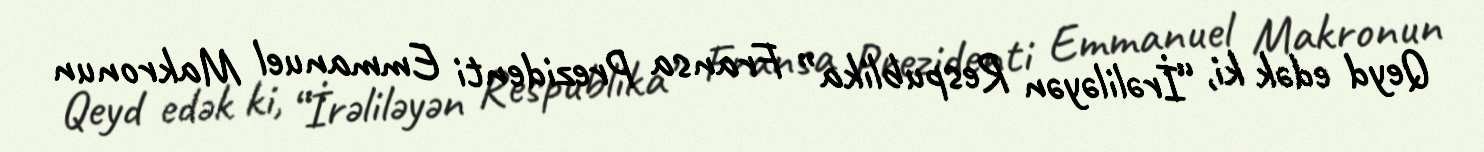
Qeyd edək ki, “İrəliləyən Respublika” Fransa Prezidenti Emmanuel Makronun